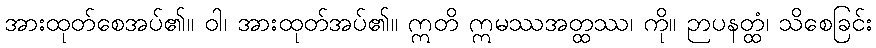
အားထုတ်စေအပ်၏။ ဝါ၊ အားထုတ်အပ်၏။ ဣတိ ဣမဿအတ္ထဿ၊ ကို။ ဉာပနတ္ထံ၊ သိစေခြင်း